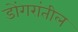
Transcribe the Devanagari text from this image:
डोंगरांतील